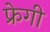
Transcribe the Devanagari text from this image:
फ्रेगी